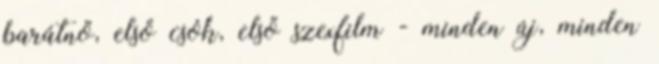
barátnő, első csók, első szexfilm - minden új, minden